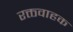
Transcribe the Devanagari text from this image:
रक्तवाहक